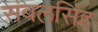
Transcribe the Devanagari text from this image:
संबलसिंह